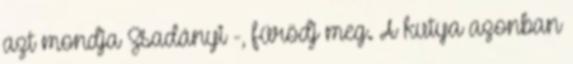
azt mondja Zsadányi -, fürödj meg. A kutya azonban